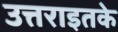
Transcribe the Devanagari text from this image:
उत्तराइतके